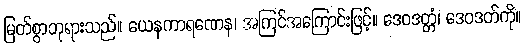
မြတ်စွာဘုရားသည်။ ယေနကာရဏေန၊ အကြင်အကြောင်းဖြင့်။ ဒေဝဒတ္တံ၊ ဒေဝဒတ်ကို။